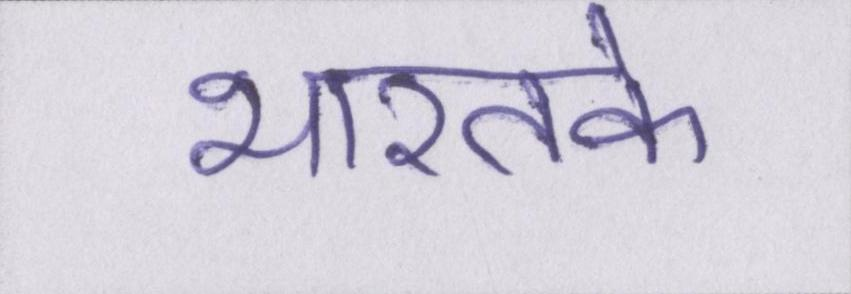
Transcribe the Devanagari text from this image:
भारतके